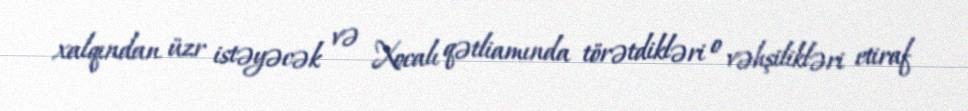
xalqından üzr istəyəcək və Xocalı qətliamında törətdikləri o vəhşilikləri etiraf